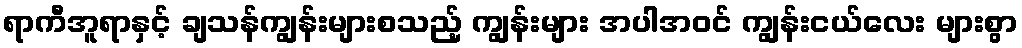
ရာကီအူရာနှင့် ချသန်ကျွန်းများစသည့် ကျွန်းများ အပါအဝင် ကျွန်းငယ်လေး များစွာ